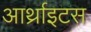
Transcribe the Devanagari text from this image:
आर्थ्राइटस